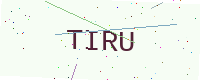
Text: TIRU